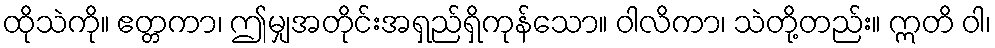
ထိုသဲကို။ ဧတ္တကာ၊ ဤမျှအတိုင်းအရှည်ရှိကုန်သော။ ဝါလိကာ၊ သဲတို့တည်း။ ဣတိ ဝါ၊